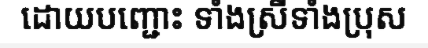
ដោយបញ្ជោះ ទាំងស្រីទាំងប្រុស